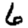
Digit: 6